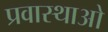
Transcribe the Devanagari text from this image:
प्रवास्थाओ